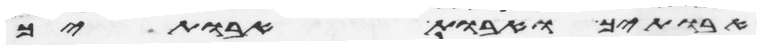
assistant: אבתיך ואבות אבתיך